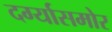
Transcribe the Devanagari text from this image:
दर्ग्यासमोर